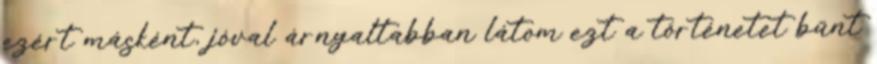
ezért másként, jóval árnyaltabban látom ezt a történetet bűnt